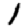
Digit: 1